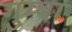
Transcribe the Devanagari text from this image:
गुम्वा